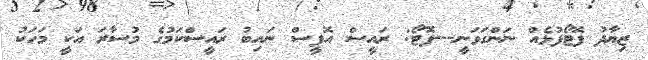
ޒިޔާދު ފޮޓޯފުޅެއް ނަންގަވަނީ---ފޮޓޯ: ރައީސް އޮފީސް ނައިބު ރައީސްކަމުގެ މުސާރަ އަކީ މަހަކު